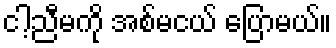
ငါ့ညီမကို အစ်မငယ် ပြောမယ်။